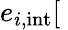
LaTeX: e_{i,\mathrm{int}}[\